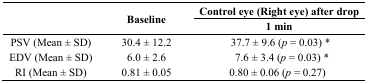
<table><thead><tr><td rowspan="2"></td><td rowspan="2"><b>Baseline</b></td><td><b>Control eye (Right eye) after drop</b></td></tr><tr><td><b>1 min </b></td></tr></thead><tbody><tr><td>PSV (Mean ± SD)</td><td>30.4 ± 12.2</td><td>37.7 ± 9.6 (<i>p</i> = 0.03) *</td></tr><tr><td>EDV (Mean ± SD)</td><td>6.0 ± 2.6</td><td>7.6 ± 3.4 (<i>p</i> = 0.03) *</td></tr><tr><td>RI (Mean ± SD)</td><td>0.81 ± 0.05</td><td>0.80 ± 0.06 (<i>p</i> = 0.27)</td></tr></tbody></table>